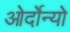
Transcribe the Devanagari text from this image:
ओर्दोन्यो